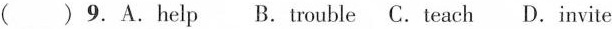
( )9.A.help B.trouble C.teach D.lnvite